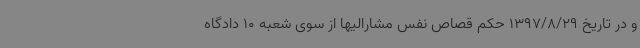
و در تاریخ 1397/8/29 حکم قصاص نفس مشارالیها از سوی شعبه 10 دادگاه